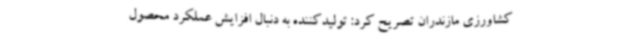
کشاورزی مازندران تصریح کرد: تولیدکننده به دنبال افزایش عملکرد محصول